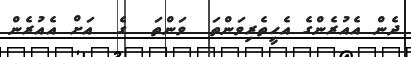
ދެން އެއުރެންގެ އެހީތެރިވަންތަ  ވަންތަ  ގެ  އަށް އެއުރެން